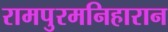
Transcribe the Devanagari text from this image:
रामपुरमनिहारान